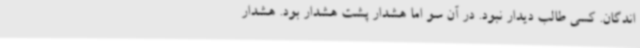
اندگان. کسی طالب دیدار نبود. در آن سو اما هشدار پشت هشدار بود. هشدار